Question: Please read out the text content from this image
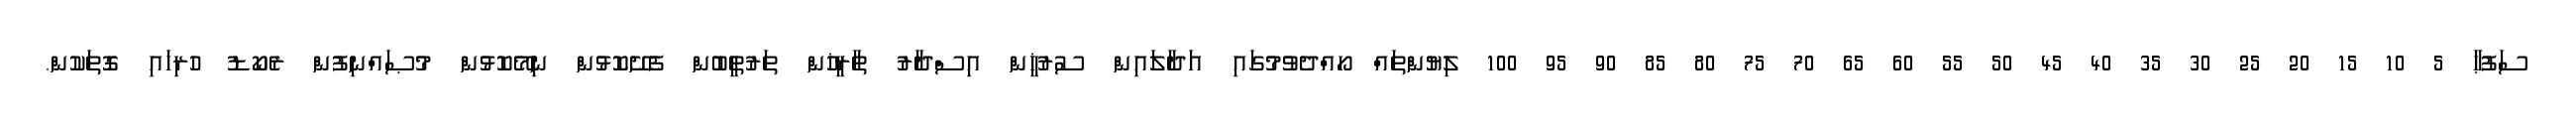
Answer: ސަފުޙާ 5 10 15 20 25 30 35 40 45 50 55 60 65 70 75 80 85 90 95 100 ލިޔުންތައް ހޯއްދެވުމުގައި އަދާލައިން ސުރުޚީން އިސްދާރު ތާރީޚުން ތަރުތީބުން ފެށޭކޮޅުން ނިމޭކޮޅުން މުޞައްނިފުން ރެކޯޑު ހުރިހައި ގޮތަކުން.